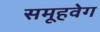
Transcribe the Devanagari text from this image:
समूहवेग